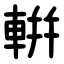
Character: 輧